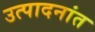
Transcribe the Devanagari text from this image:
उत्पादनांत